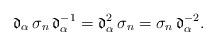
LaTeX: \begin{align*}\mathfrak{d}_\alpha\,\sigma_n\,\mathfrak{d}_\alpha^{-1}=\mathfrak{d}_\alpha^2\,\sigma_n=\sigma_n\,\mathfrak{d}_\alpha^{-2}.\end{align*}